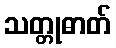
သတ္တုဓာတ်